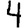
Digit: 4